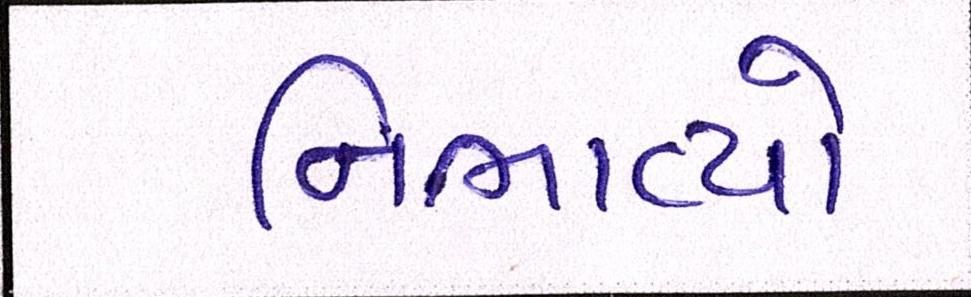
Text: નિભાવ્યો